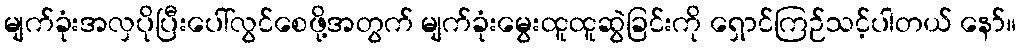
မျက်ခုံးအလှပိုပြီးပေါ်လွင်စေဖို့အတွက် မျက်ခုံးမွေးထူထူဆွဲခြင်းကို ရှောင်ကြဉ်သင့်ပါတယ် နော်။